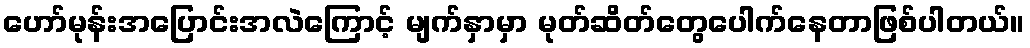
ဟော်မုန်းအပြောင်းအလဲကြောင့် မျက်နှာမှာ မုတ်ဆိတ်တွေပေါက်နေတာဖြစ်ပါတယ်။